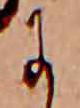
に